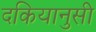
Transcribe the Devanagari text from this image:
दकियानुसी